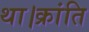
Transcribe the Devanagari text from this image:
था।क्रांति